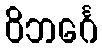
ဝိဘင်္ဂေ